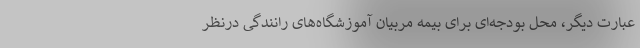
عبارت دیگر، محل بودجه‌ای برای بیمه مربیان آموزشگاه‌های رانندگی درنظر